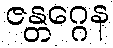
ဇန္တဂ္ဂေန